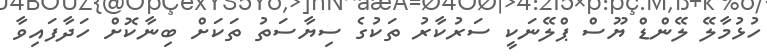
ހުޅުމާލޭ ލޭންޑް ޔޫސް ޕްލޭނަކީ ސަރުކާރު ތަކުގެ ސިޔާސަތު ތަކަށް ބިނާކޮށް ހަދާފައިވާ